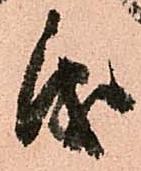
儀